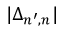
| \Delta _ { n ^ { \prime } , n } |